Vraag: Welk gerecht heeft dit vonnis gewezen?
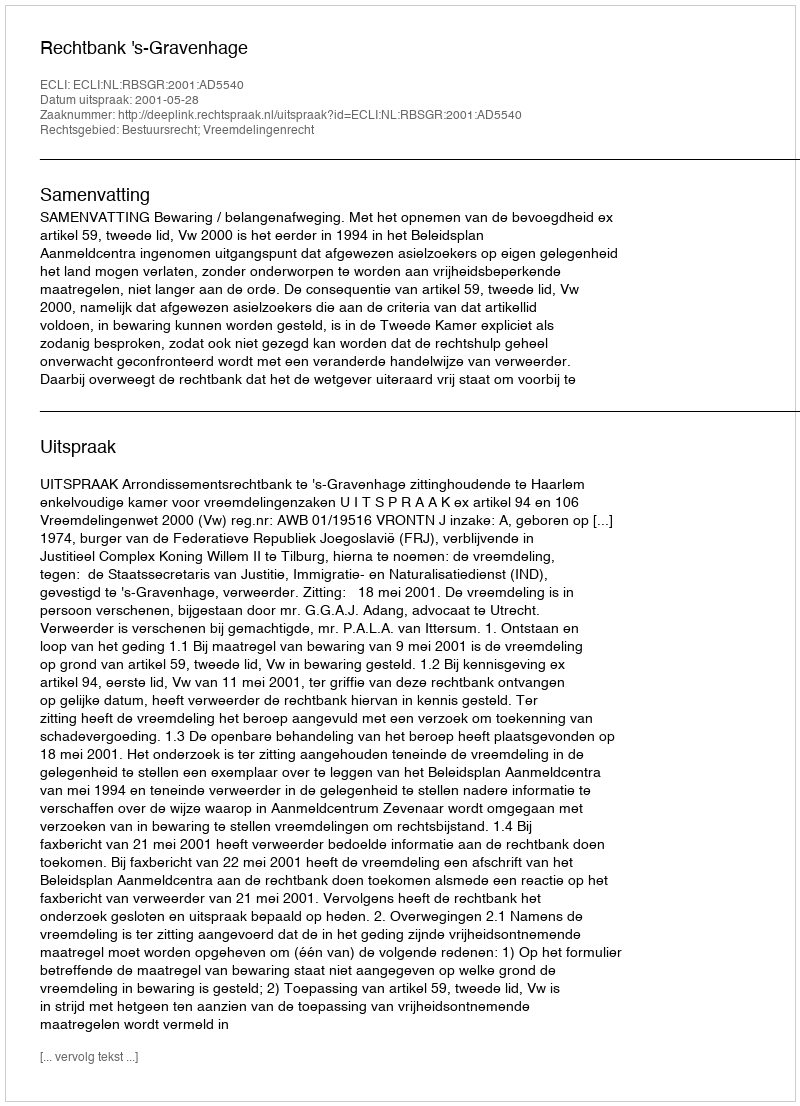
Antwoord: Rechtbank 's-Gravenhage